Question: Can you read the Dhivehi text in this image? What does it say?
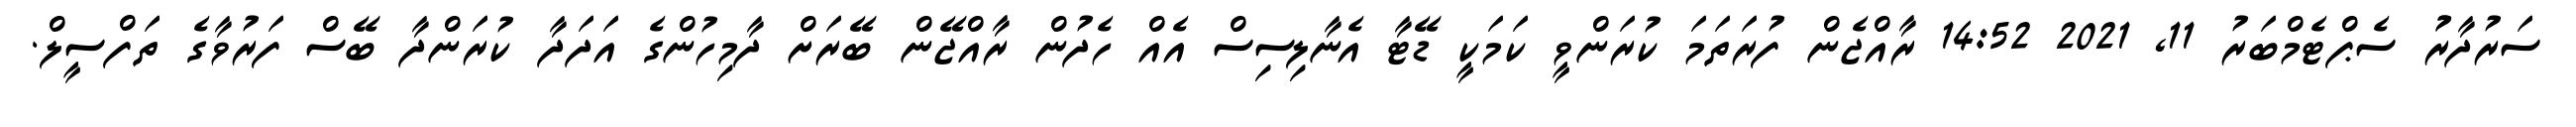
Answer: ސަރުދާރުު ސެޕްޓެމްބަރު 11, 2021 14:52 ރާއްޖެން ފުރަތަމަ ކުރަންވީ ކަމަކީ ޑޭޓާ އެނާލިސިސް އެއް ހެދުން ރާއްޖޭން ބޭރަށް ދާމިހުންގެ އަދަދާ ކުރަންދާ ބޭސް ފަރުވާގެ ތަފްސީލް.